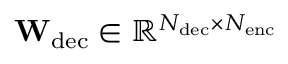
\mathbf { W } _ { \mathrm { d e c } } \in \mathbb { R } ^ { N _ { \mathrm { d e c } } \times N _ { \mathrm { e n c } } }